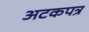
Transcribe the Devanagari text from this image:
अटकपत्र